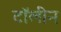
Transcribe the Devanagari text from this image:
टॉलीन